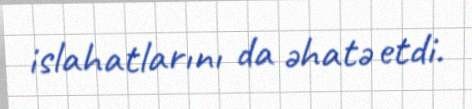
islahatlarını da əhatə etdi.